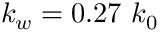
k _ { w } = 0 . 2 7 ~ k _ { 0 }